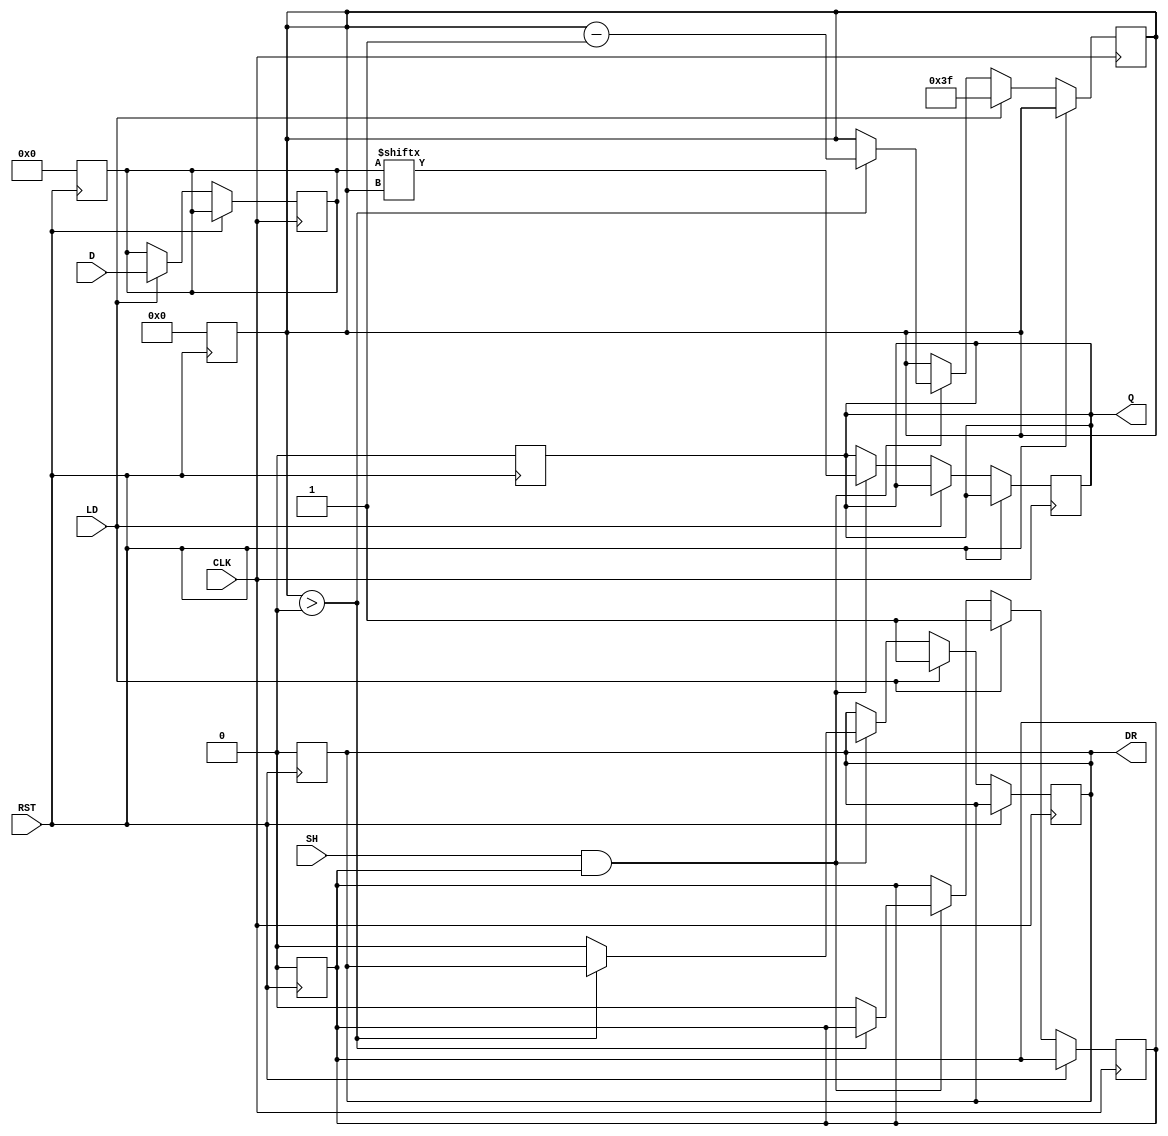
module PISO_Register (
    input wire [63:0] D,       // 64-bit data input
    input wire LD,             // Load signal
    input wire SH,             // Shift signal
    input wire CLK,            // Clock signal
    input wire RST,            // Reset signal
    output reg Q,              // Serial output
    output reg DR              // Data Ready signal
);

    reg [63:0] shift_reg;      // Internal shift register
    reg [5:0] bit_count;       // Bit counter for shifting
    reg loading;               // State flag for loading data

    // Asynchronous reset
    always @(posedge RST) begin
        shift_reg <= 64'b0;     // Clear the shift register
        Q <= 1'b0;              // Clear output
        DR <= 1'b0;             // Clear Data Ready signal
        bit_count <= 6'b0;      // Reset bit counter
        loading <= 1'b0;        // Reset loading state
    end

    // Main operation block
    always @(posedge CLK) begin
        if (RST) begin
            // Reset state handled above
        end else if (LD) begin
            // Load data into the shift register
            shift_reg <= D;       // Load parallel data
            bit_count <= 6'd63;   // Set bit counter to start shifting from LSB
            loading <= 1'b1;      // Indicate loading state
            DR <= 1'b1;           // Data is ready to be shifted out
        end else if (SH && loading) begin
            // Shift operation
            Q <= shift_reg[bit_count]; // Output the current bit
            if (bit_count > 0) begin
                bit_count <= bit_count - 1; // Decrement bit counter
            end else begin
                loading <= 1'b0;      // No more bits to shift
                DR <= 1'b0;           // Clear Data Ready signal
            end
        end
    end

endmodule